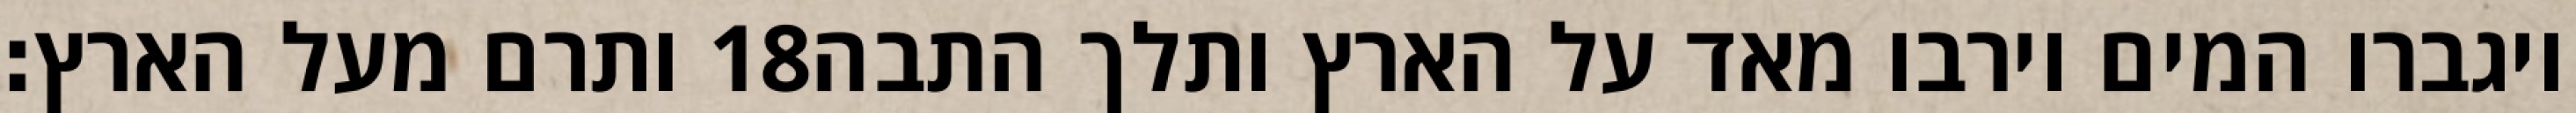
ותרם מעל הארץ׃ ‎18‏ ויגברו המים וירבו מאד על הארץ ותלך התבה